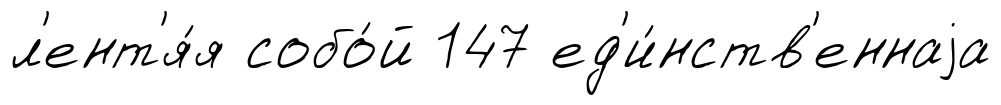
л'ент'я́я собо́й 147 ед'и́нств'еннаjа